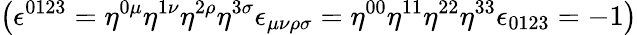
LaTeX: \left(\epsilon^{0123}=\eta^{0\mu}\eta^{1\nu}\eta^{2\rho}\eta^{3\sigma}\epsilon_{\mu\nu\rho\sigma}=\eta^{00}\eta^{11}\eta^{22}\eta^{33}\epsilon_{0123}=-1\right)